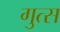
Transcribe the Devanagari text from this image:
गुत्स